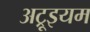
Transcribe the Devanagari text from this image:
अट्रूइयम